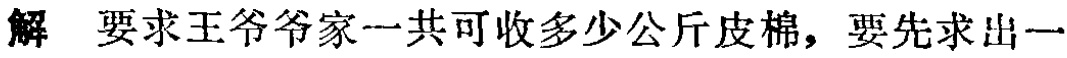
解 要求王爷爷家一共可收多少公斤皮棉，要先求出一